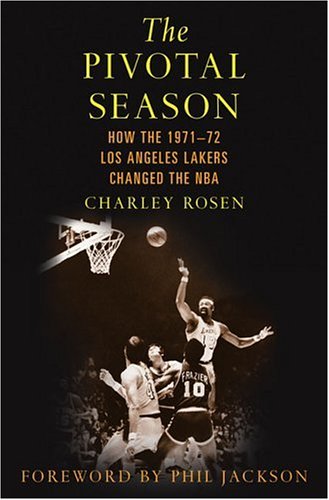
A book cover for The Pivotal Season: How the 1971--72 Los Angeles Lakers Changed the NBA; Charley Rosen; Sports & Outdoors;